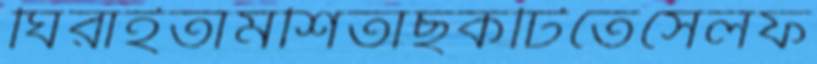
ঘিরাইতামশিতাছকটিতেসেলফ